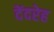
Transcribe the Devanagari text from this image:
देंदरेह